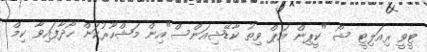
ޓީވީ ރިއަލިޓީ ޝޯ "ކީޕިން އަޕް ވިތު ކާޑޭޝިއަންސް"އިން މަޝްހޫރުކަން ހޯދާފައިވާ ކިމް